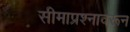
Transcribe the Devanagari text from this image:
सीमाप्रश्नावरून